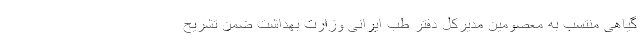
گیاهی منتسب به معصومین مدیرکل دفتر طب ایرانی وزارت بهداشت ضمن تشریح